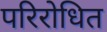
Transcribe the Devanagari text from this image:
परिरोधित